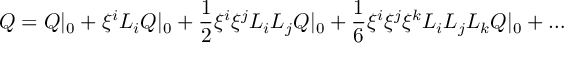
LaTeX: Q = Q | _ { 0 } + \xi ^ { i } { \cal L } _ { i } Q | _ { 0 } + \frac 1 2 \xi ^ { i } \xi ^ { j } { \cal L } _ { i } { \cal L } _ { j } Q | _ { 0 } + \frac 1 6 \xi ^ { i } \xi ^ { j } \xi ^ { k } { \cal L } _ { i } { \cal L } _ { j } { \cal L } _ { k } Q | _ { 0 } + \ldots